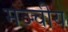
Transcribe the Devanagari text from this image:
मञ्चीय